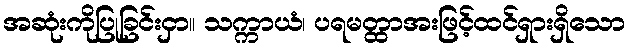
အဆုံးကိုပြုခြင်းငှာ။ သက္ကာယံ၊ ပရမတ္ထာအးဖြင့်ထင်ရှားရှိသော